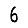
Digit: 6